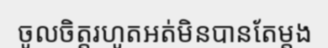
ចូលចិត្តរហូតអត់មិនបានតែម្តង